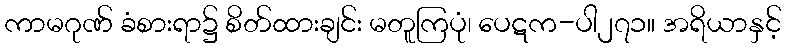
ကာမဂုဏ် ခံစားရာ၌ စိတ်ထားချင်း မတူကြပုံ၊ ပေဋက-ပါ၂၇၁။ အရိယာနှင့်